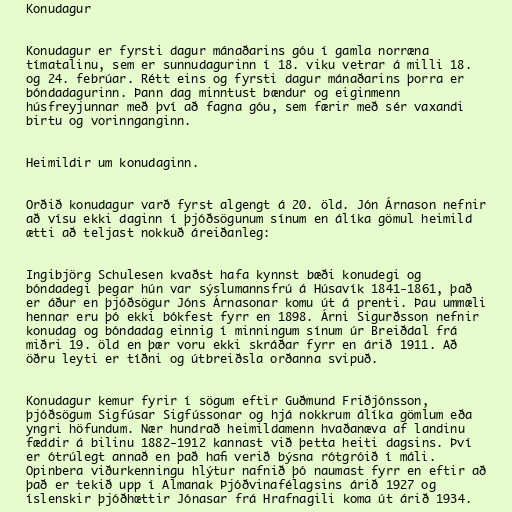
Konudagur

Konudagur er fyrsti dagur mánaðarins góu í gamla norræna
tímatalinu, sem er sunnudagurinn í 18. viku vetrar á milli 18.
og 24. febrúar. Rétt eins og fyrsti dagur mánaðarins þorra er
bóndadagurinn. Þann dag minntust bændur og eiginmenn
húsfreyjunnar með því að fagna góu, sem færir með sér vaxandi
birtu og vorinnganginn.

Heimildir um konudaginn.

Orðið konudagur varð fyrst algengt á 20. öld. Jón Árnason nefnir
að vísu ekki daginn í þjóðsögunum sínum en álíka gömul heimild
ætti að teljast nokkuð áreiðanleg:

Ingibjörg Schulesen kvaðst hafa kynnst bæði konudegi og
bóndadegi þegar hún var sýslumannsfrú á Húsavík 1841-1861, það
er áður en þjóðsögur Jóns Árnasonar komu út á prenti. Þau ummæli
hennar eru þó ekki bókfest fyrr en 1898. Árni Sigurðsson nefnir
konudag og bóndadag einnig í minningum sínum úr Breiðdal frá
miðri 19. öld en þær voru ekki skráðar fyrr en árið 1911. Að
öðru leyti er tíðni og útbreiðsla orðanna svipuð.

Konudagur kemur fyrir í sögum eftir Guðmund Friðjónsson,
þjóðsögum Sigfúsar Sigfússonar og hjá nokkrum álíka gömlum eða
yngri höfundum. Nær hundrað heimildamenn hvaðanæva af landinu
fæddir á bilinu 1882-1912 kannast við þetta heiti dagsins. Því
er ótrúlegt annað en það hafi verið býsna rótgróið í máli.
Opinbera viðurkenningu hlýtur nafnið þó naumast fyrr en eftir að
það er tekið upp í Almanak Þjóðvinafélagsins árið 1927 og
íslenskir þjóðhœttir Jónasar frá Hrafnagili koma út árið 1934.